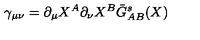
\gamma _ { \mu \nu } = \partial _ { \mu } X ^ { A } \partial _ { \nu } X ^ { B } \bar { G } _ { A B } ^ { s } ( X )